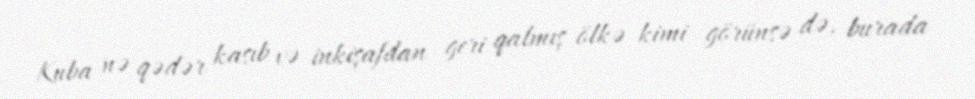
Kuba nə qədər kasıb və inkişafdan geri qalmış ölkə kimi görünsə də, burada